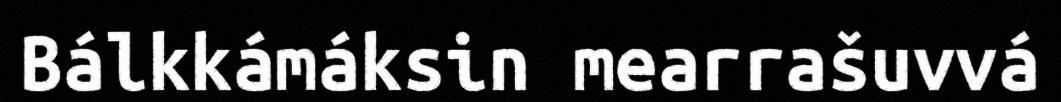
Bálkkámáksin mearrašuvvá